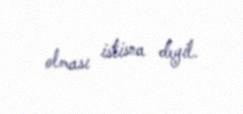
olması istisna deyil.